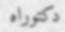
دكتوراه